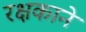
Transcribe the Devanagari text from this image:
रक्षकाने